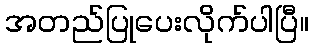
အတည်ပြုပေးလိုက်ပါပြီ။